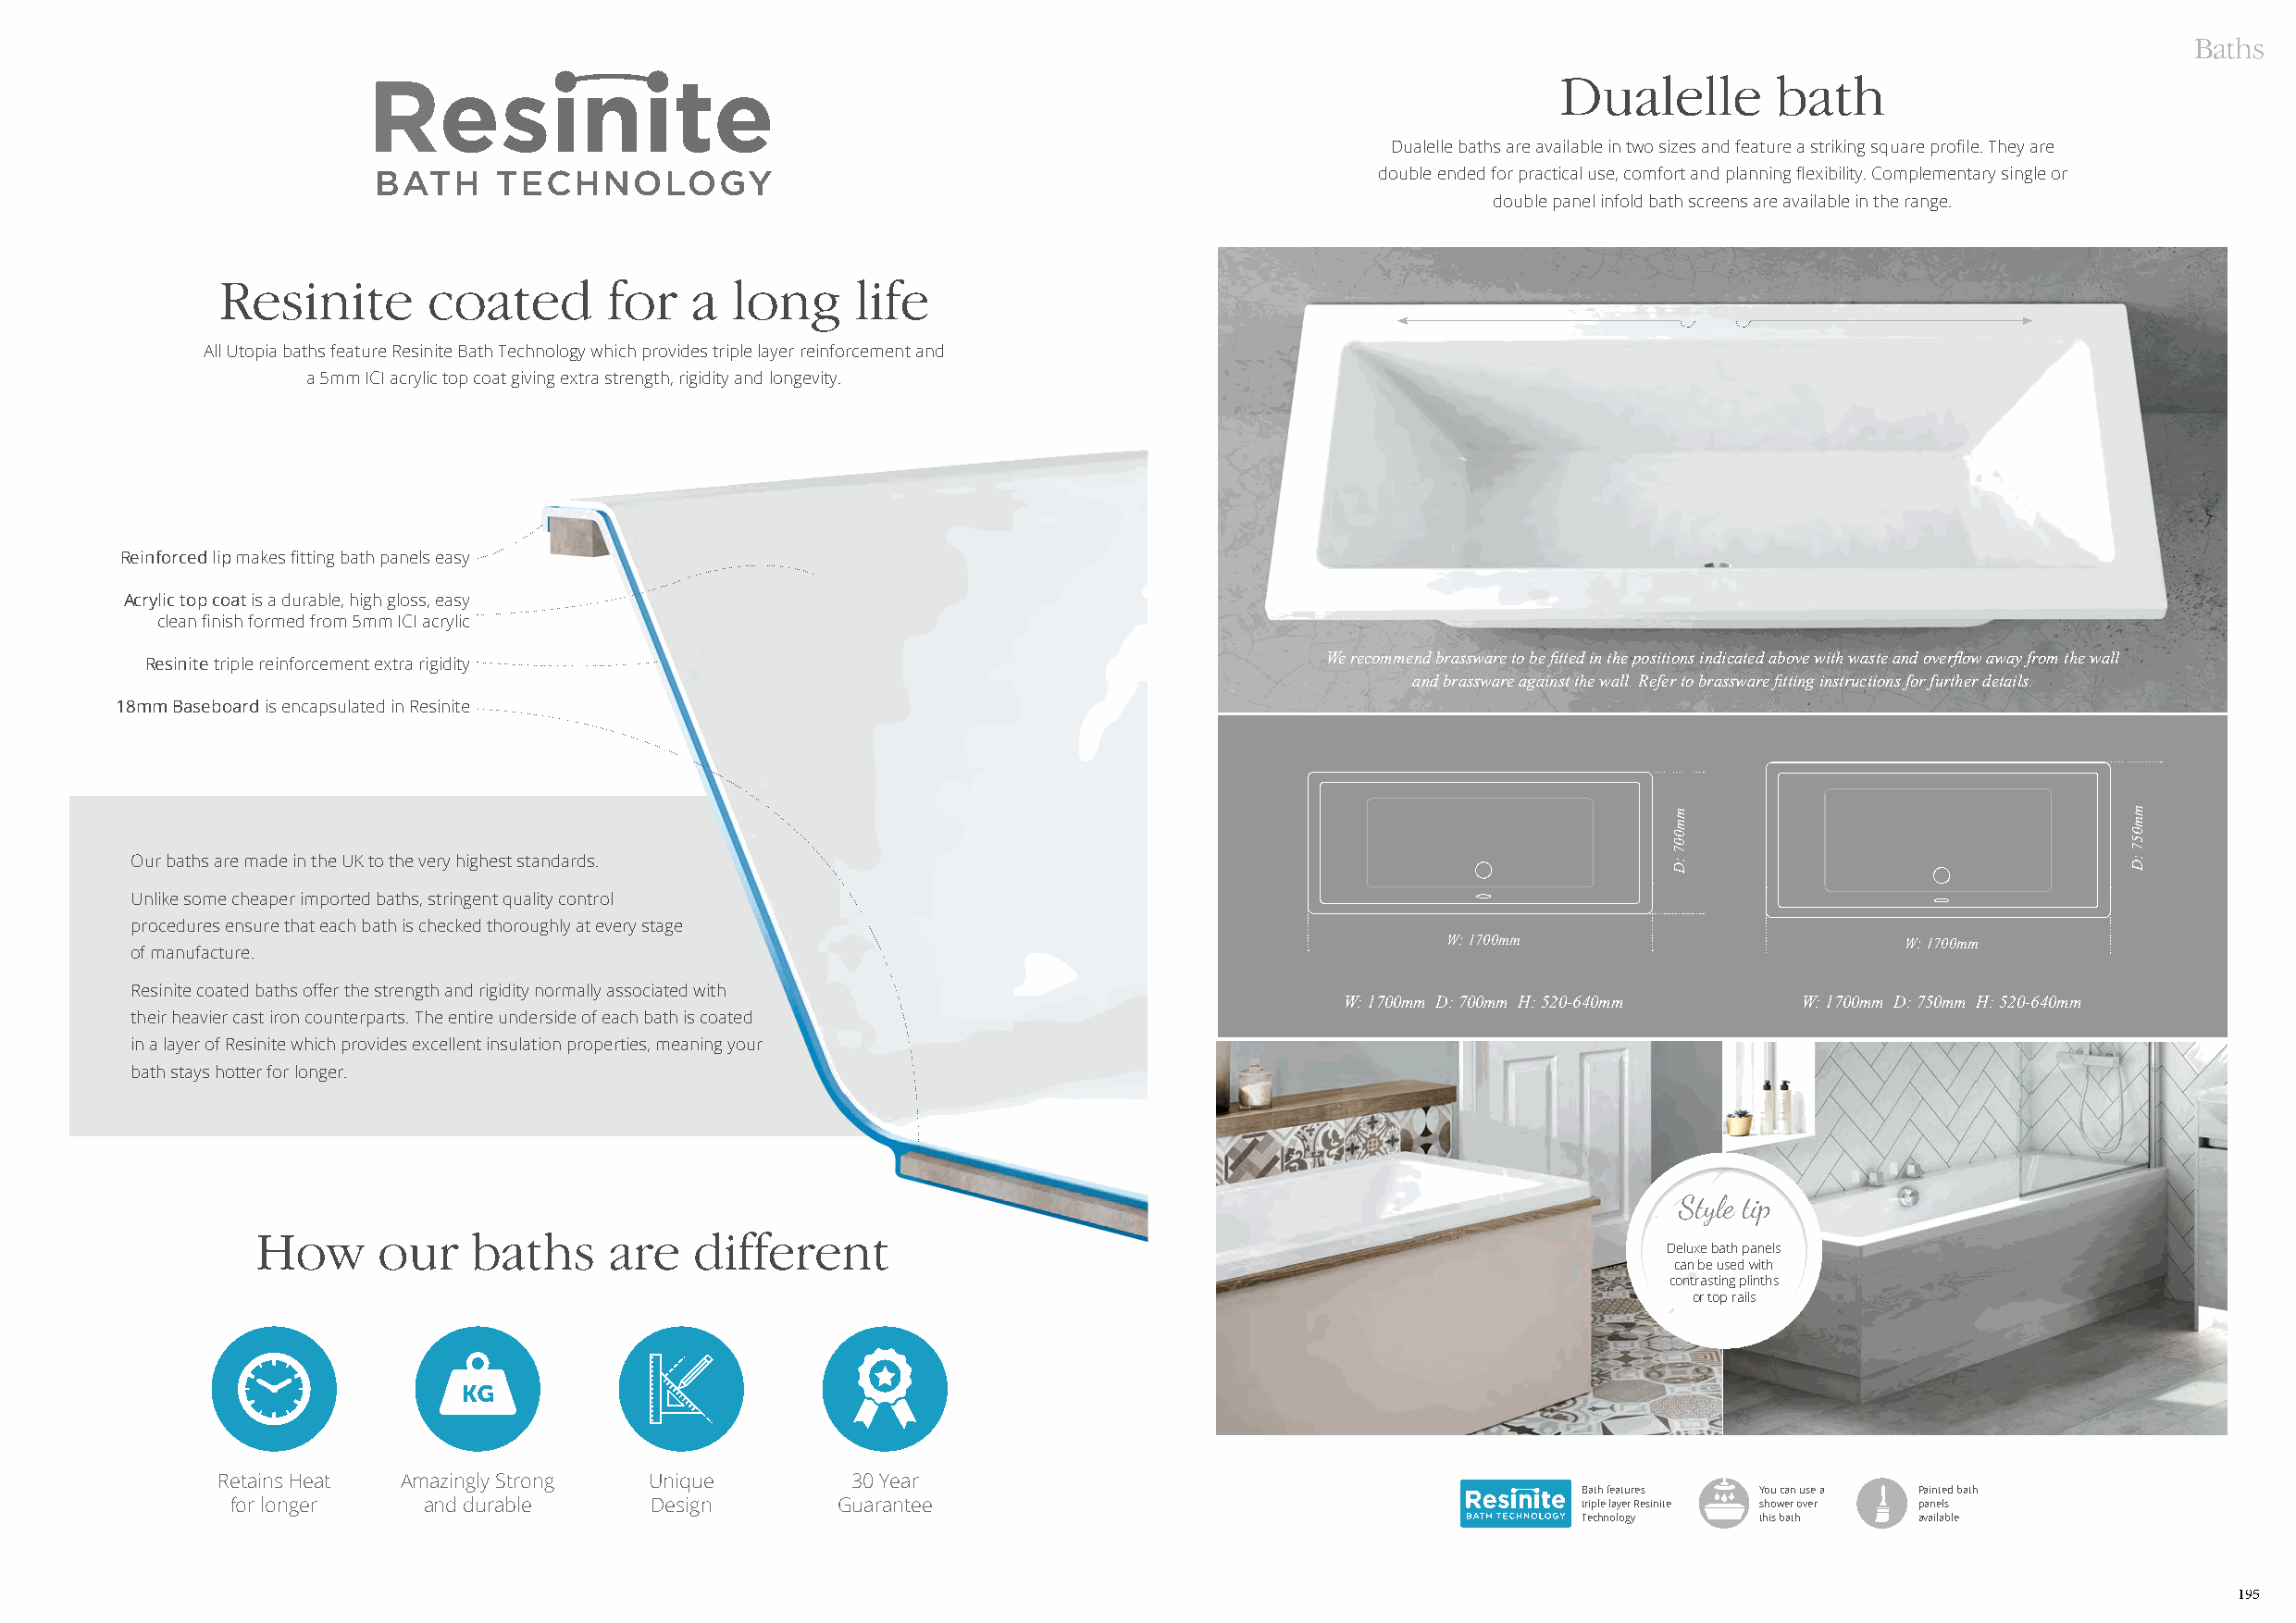
Baths
 Dualelle       bath
 Dualelle baths are available in two sizes and feature a striking square profile. They are
 double ended for practical use, comfort and planning flexibility. Complementary single or
 double panel infold bath screens are available in the range.
 Resinite       coated      for   a  long     life
 All Utopia baths feature Resinite Bath Technology which provides triple layer reinforcement and
 a 5mm ICI acrylic top coat giving extra strength, rigidity and longevity.
 Reinforced lip makes fitting bath panels easy
 Acrylic top coat is a durable, high gloss, easy
 clean finish formed from 5mm ICI acrylic
 Resinite triple reinforcement extra rigidity                                         We recommend brassware to be fitted in the positions indicated above with waste and overflow away from the wall
 and brassware against the wall. Refer to brassware fitting instructions for further details.
 18mm Baseboard is encapsulated in Resinite
 Our baths are made in the UK to the very highest standards.
 Unlike some cheaper imported baths, stringent quality control
 procedures ensure that each bath is checked thoroughly at every stage
 W: 1700mm                        W: 1700mm
 of manufacture.
 Resinite coated baths offer the strength and rigidity normally associated with
 W: 1700mm D: 700mm H: 520-640mm  W: 1700mm D: 750mm H: 520-640mm
 their heavier cast iron counterparts. The entire underside of each bath is coated
 in a layer of Resinite which provides excellent insulation properties, meaning your
 bath stays hotter for longer.
 How      our    baths     are   different
 Deluxe bath panels
 can be used with
 contrasting plinths
 or top rails
 Retains Heat Amazingly Strong Unique         30 Year
 Bath features You can use a Painted bath
 for longer    and durable      Design       Guarantee                                            triple layer Resinite shower over panels
 Technology   this bath  available
 195
 mm007
 :D
 mm057
 :D